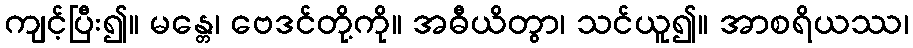
ကျင့်ပြီး၍။ မန္တေ၊ ဗေဒင်တို့ကို။ အဓီယိတွာ၊ သင်ယူ၍။ အာစရိယဿ၊